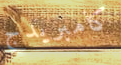
كامبريدج